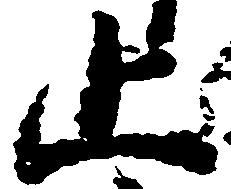
止